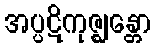
အပ္ပဋိကုဇ္ဈန္တော